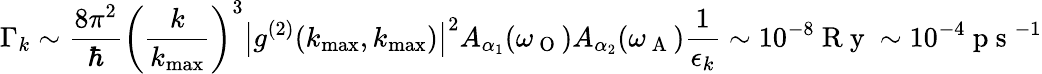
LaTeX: \Gamma_{k}\sim\frac{8\pi^{2}}{\hbar}\left(\frac{k}{k_{\operatorname*{max}}}\right)^{3}\big|g^{(2)}(k_{\operatorname*{max}},k_{\operatorname*{max}})\big|^{2}A_{\alpha_{1}}(\omega_{\mathrm{~O~}})A_{\alpha_{2}}(\omega_{\mathrm{~A~}})\frac{1}{\epsilon_{k}}\sim 10^{-8}\mathrm{~R~y~}\sim 10^{-4}\mathrm{~p~s~}^{-1}